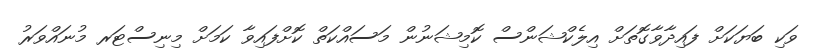
ވަކި ބަޔަކަށް ފައިދާވާގޮތަށް އިލެކްޝަންސް ކޮމިޝަނުން މަސައްކަތް ކޮށްފައިވާ ކަމަށް މިނިސްޓަރ މުނައްވަރު